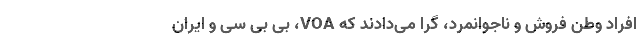
افراد وطن فروش و ناجوانمرد، گرا می‌دادند که VOA، بی بی سی و ایران